Problem: 46 + 42 = ?
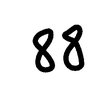
Handwritten answer: 88